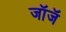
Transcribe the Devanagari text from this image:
जॉजॅ